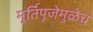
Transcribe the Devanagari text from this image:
मूर्तिपूजेमुळेच